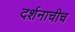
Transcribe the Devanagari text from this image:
दर्शनाचीच